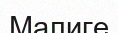
Малиге